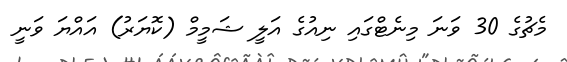
މެޗުގެ 30 ވަނަ މިނެޓްގައި ނިއުގެ އަލީ ޝަމީމް (ކޮޔަރު) އައްޔަ ވަނީ